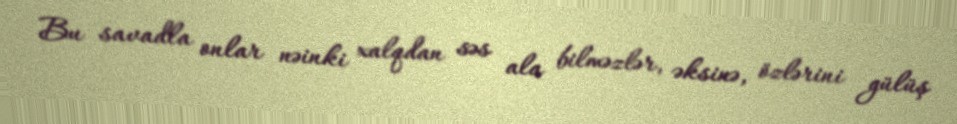
Bu savadla onlar nəinki xalqdan səs ala bilməzlər, əksinə, özlərini gülüş